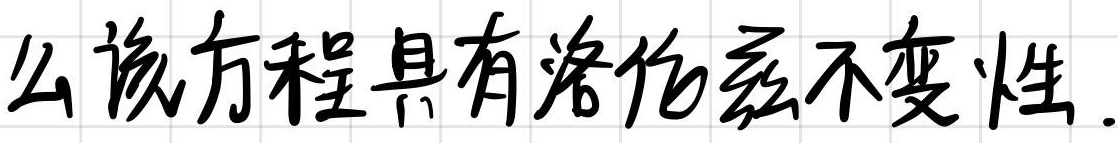
么该方程具有洛伦兹不变性.